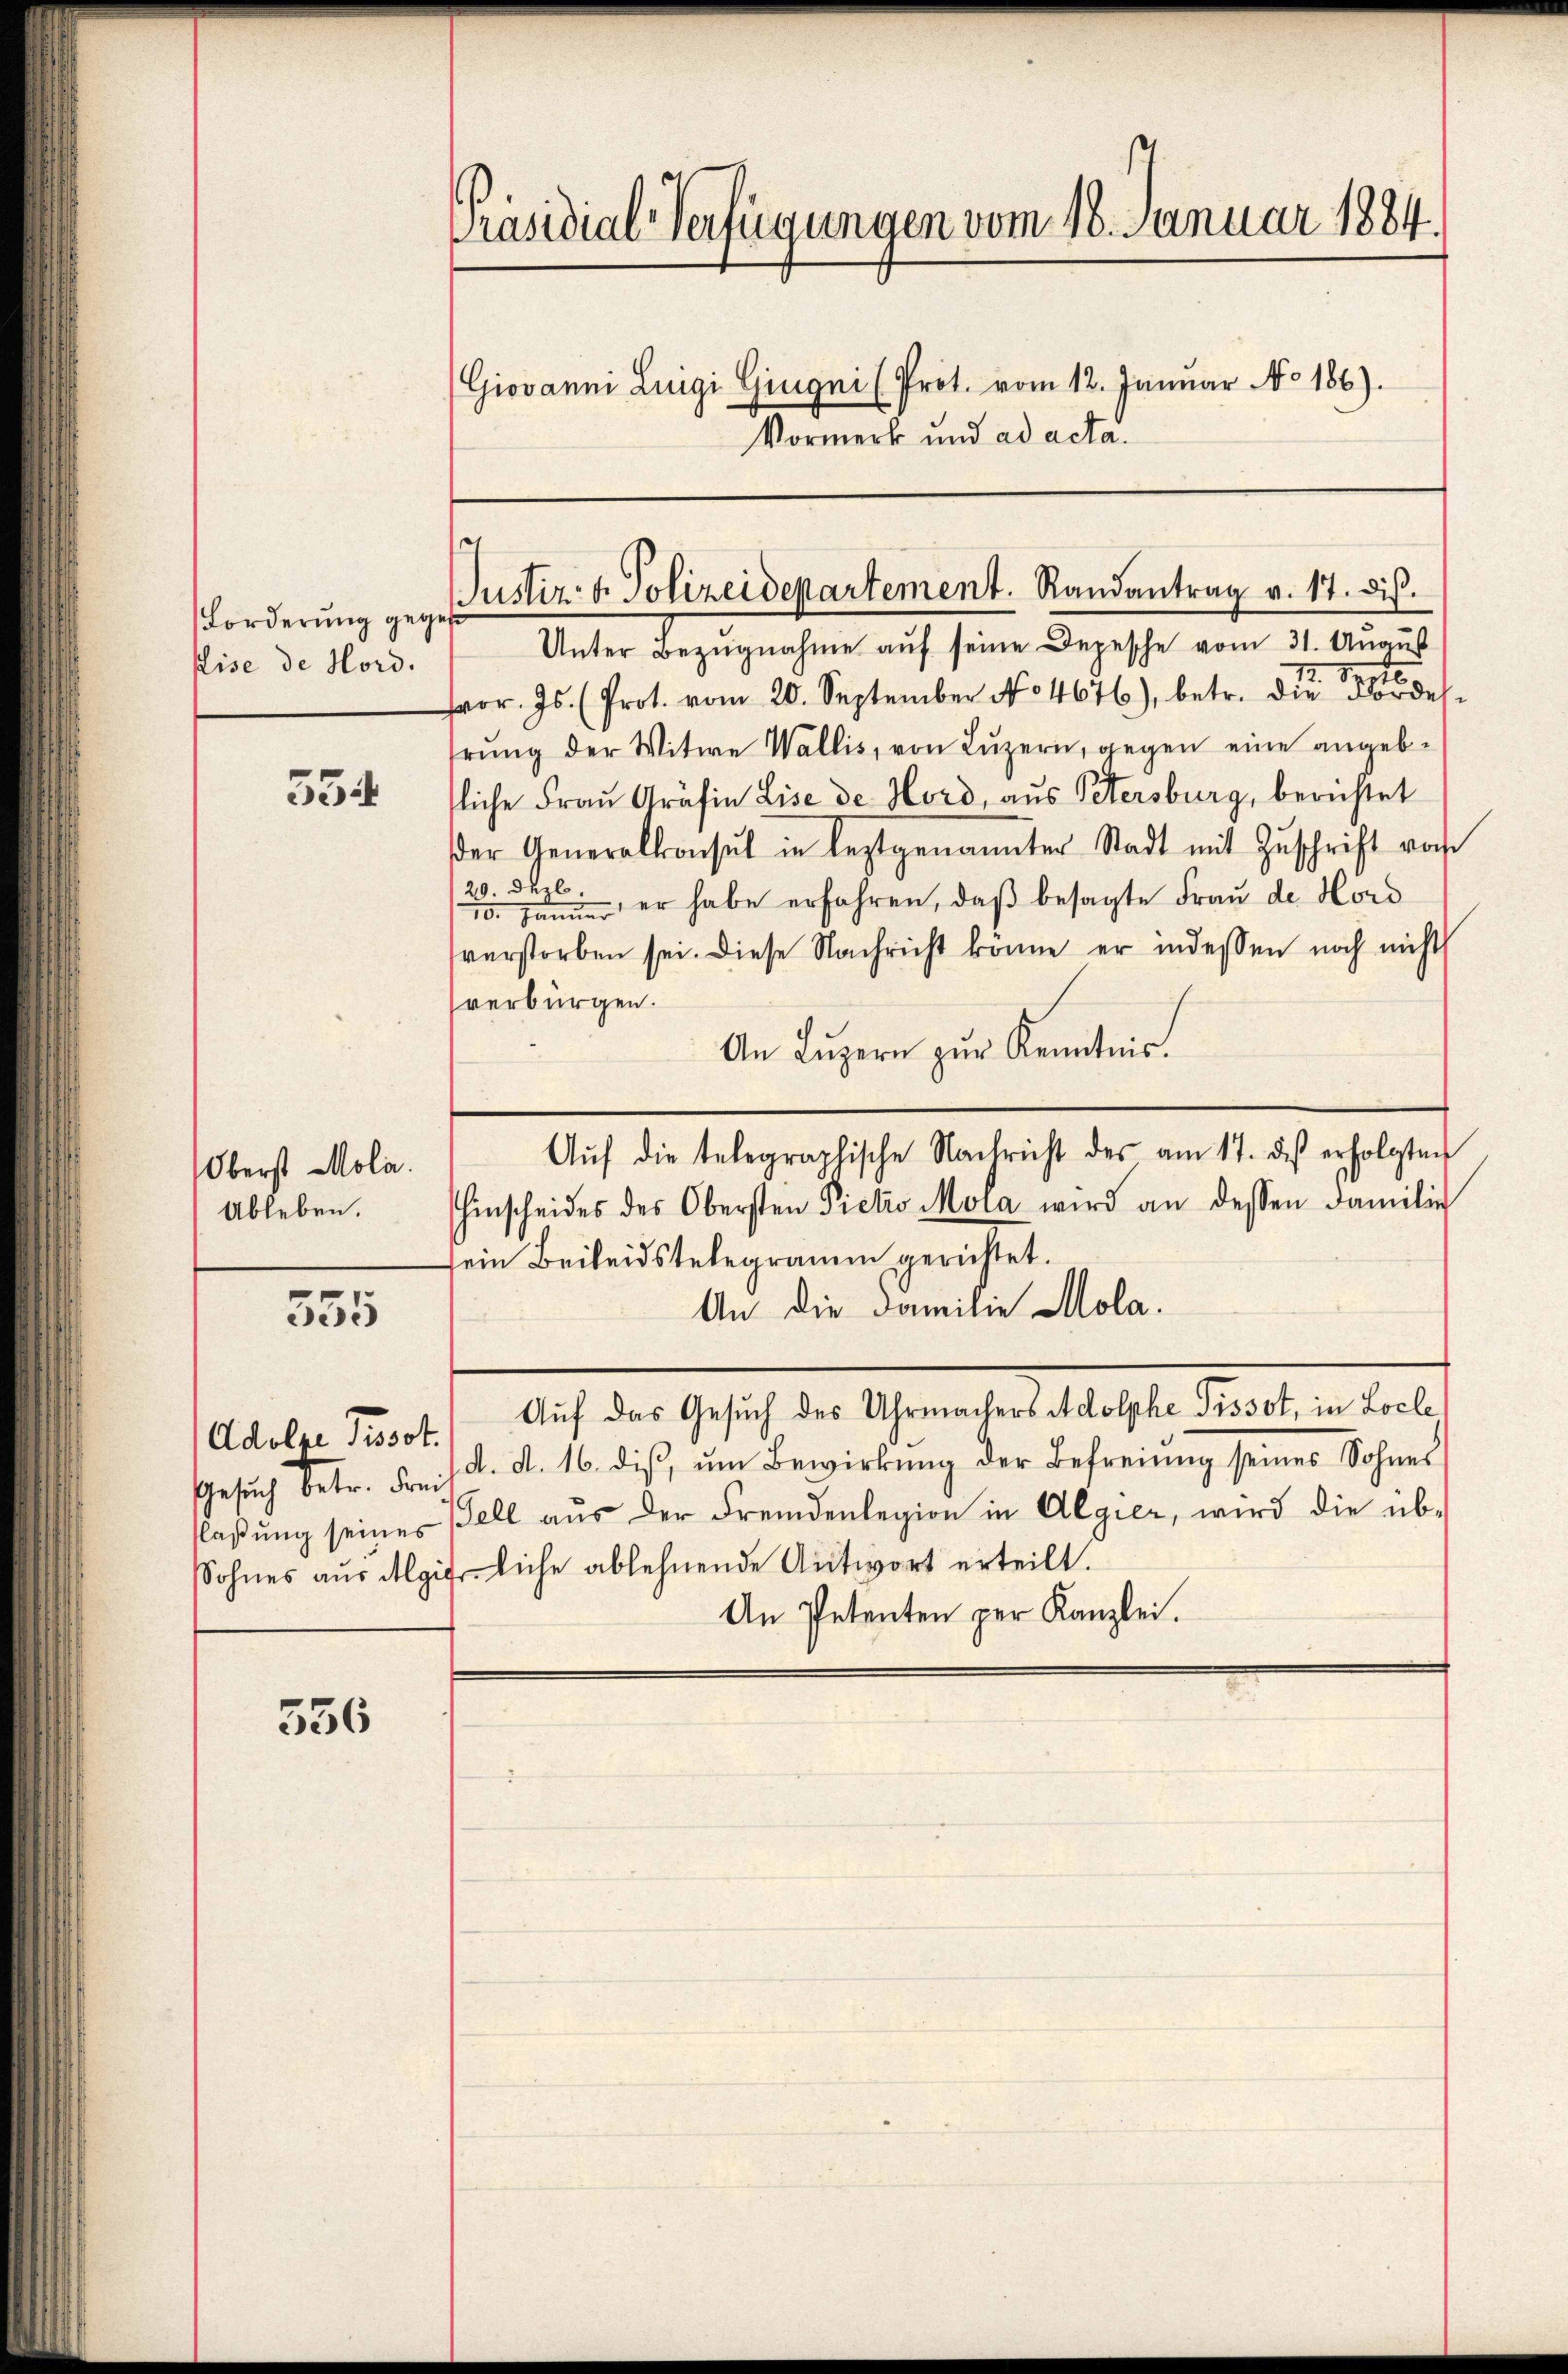
Forderung gege
ise de Hord.

534

Oberst Mola.
Ableben.

555

Adolze Pissot.
Gesuch betr. Frei
flaßung seines
Sohnes aus Algi

556

Präsidial-Verfügungen vom 18. Januar 1884.
Giovanni Luigi Gingni (Prot. vom 12. Januar No 186).
Vormerk und ad acta.

Justiz- & Polizeidepartement. Randantrag v. 17. ds.

Unter Bezŭgnahme aŭf seine Depesche vom 31. August
128
or. Js. (Prot. vom 20. September No. 4676), betr. die Fordes
hrŭng der Witwe Wallis, von Lŭzern, gegen eine angebfliche Frau Gräfin Lise de Hord, aus Petersburg, berichtet
der Generalkonsul in leztgenannter Stadt mit Zŭschrift vor
20. Dezb
10. Janer er habe erfahren, daβ besagte Frau de Hord
verstorben sei. Diese Nachricht könne er indessen noch nicht
verbürgen.
An Lŭzern zŭr Kenntnis.
Aŭf die telegraphische Nachricht des am 17. des erfolgten
hinscheides des Obersten Pietio Mola wird an dessen Familie
sein Beileidstelegramm gerichtet.
An die Familie Mola.
Auf das Gesuch des Uhrmachers Adolphe Pissot, in Locle
d. d. 16. diß, um Bewirkung der Befreiung seines Sohnes
Fell aus der Fremdenlegion in Algier, wird die üb¬
Erliche ablehnende Antwort erteilt.
An Petenten per Kanzlei.